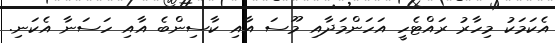
އެކަމަކު މިހާރު ރައްޓެހީ އަހަންމަދާއި މޫސަ އާއި ކާސިންބެ އާއި ހަސަނާ އެކަނި.